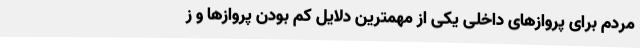
مردم برای پروازهای داخلی یکی از مهمترین دلایل کم بودن پروازها و ز